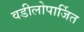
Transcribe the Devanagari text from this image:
वडीलोपार्जित